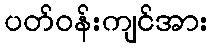
ပတ်ဝန်းကျင်အား